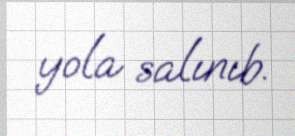
yola salınıb.